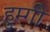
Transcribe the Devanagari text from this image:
हुम्गी